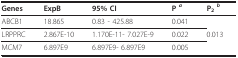
<table><thead><tr><td><b>Genes</b></td><td><b>ExpB</b></td><td><b>95% CI</b></td><td><b>P <i><sup>a</sup></i></b></td><td><b>P<sub>2 </sub><i><sup>b</sup></i></b></td></tr></thead><tbody><tr><td>ABCB1</td><td>18.865</td><td>0.83 - 425.88</td><td>0.041</td><td></td></tr><tr><td>LRPPRC</td><td>2.867E-10</td><td>1.170E-11- 7.027E-9</td><td>0.022</td><td>0.013</td></tr><tr><td>MCM7</td><td>6.897E9</td><td>6.897E9- 6.897E9</td><td>0.005</td><td></td></tr></tbody></table>